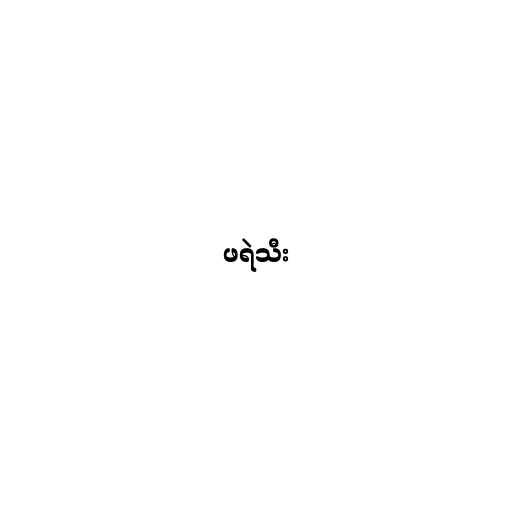
ဖရဲသီး